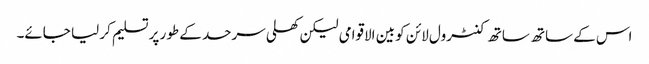
اس کے ساتھ ساتھ کنٹرول لائن کو بین الاقوامی لیکن کھلی سرحد کے طور پر تسلیم کر لیا جائے۔